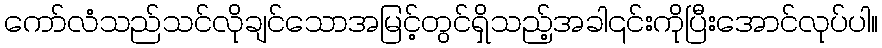
ကော်လံသည်သင်လိုချင်သောအမြင့်တွင်ရှိသည့်အခါ၎င်းကိုပြီးအောင်လုပ်ပါ။